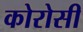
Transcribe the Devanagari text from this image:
कोरोसी